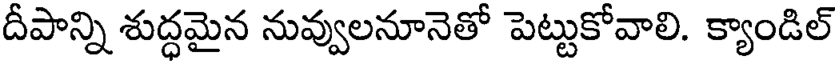
దీపాన్ని శుద్ధమైన నువ్వులనూనెతో పెట్టుకోవాలి. క్యాండిల్